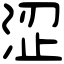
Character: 涩